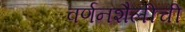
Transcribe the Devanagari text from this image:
वर्णनशैलीची